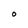
Character: O